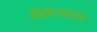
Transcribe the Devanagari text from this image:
वृद्धत्वाला